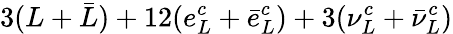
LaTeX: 3(L+\bar{L})+12(e_{L}^{c}+\bar{e}_{L}^{c})+3(\nu_{L}^{c}+\bar{\nu}_{L}^{c})